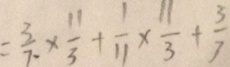
= \frac { 3 } { 7 } \times \frac { 1 1 } { 3 } + \frac { 1 } { 1 1 } \times \frac { 1 1 } { 3 } + \frac { 3 } { 7 }